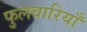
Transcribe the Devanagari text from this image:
फुलवारियाँ